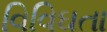
વિવિઘતા